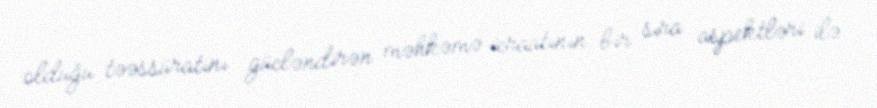
olduğu təəssüratını gücləndirən məhkəmə icraatının bir sıra aspektləri ilə